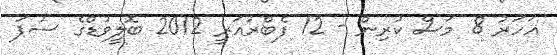
އަހަރު 8 މަސް ކުރިން - 12 ފެބްރުއަރީ 2012 ބޮލީވުޑްގެ ސުޕަ